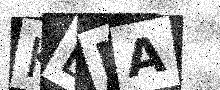
Text: KBMA